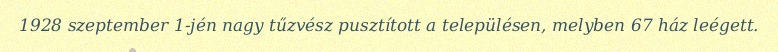
1928 szeptember 1-jén nagy tűzvész pusztított a településen, melyben 67 ház leégett.